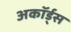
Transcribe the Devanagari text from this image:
अकॉर्ड्स